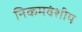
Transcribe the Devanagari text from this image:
निकमवंशीय